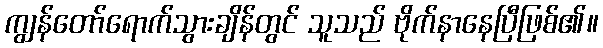
ကျွန်တော်ရောက်သွားချိန်တွင် သူသည် ဗိုက်နာနေပြီဖြစ်၏။